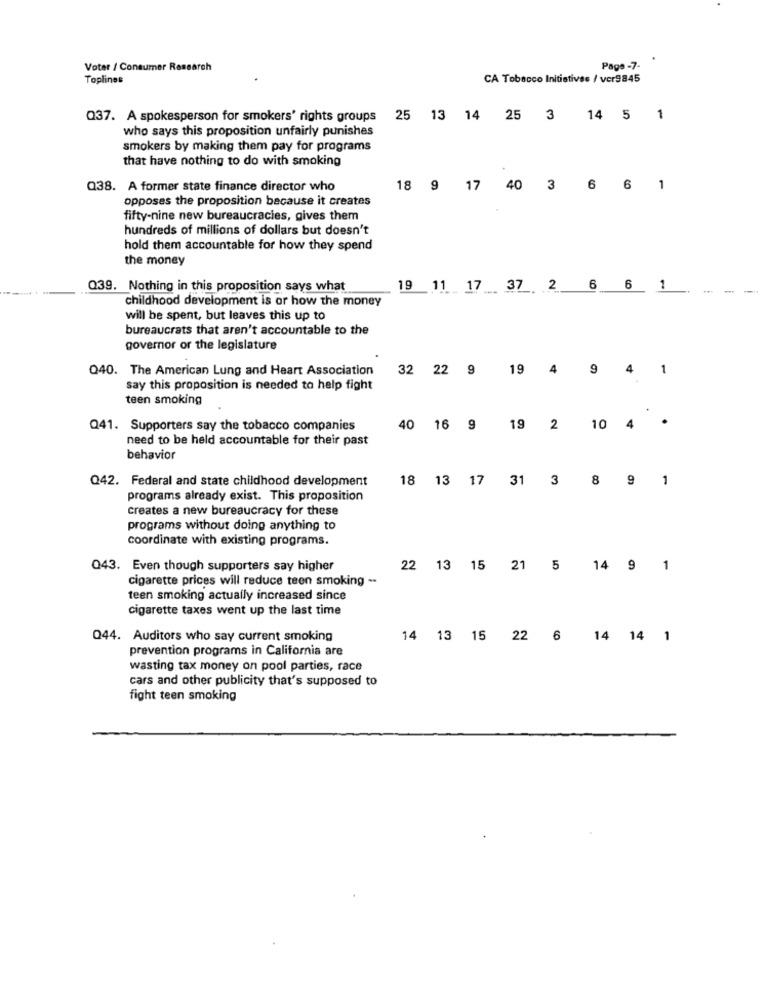
Voter / Consumer Research
Page -7-
Toplines
CA Tobacco Initiatives / ver9845
Q37. A spokesperson for smokers' rights groups 25 13 14 25 3
14 5 1
who says this proposition unfairly punishes
smokers by making them pay for programs
that have nothing to do with smoking
Q38. A former state finance director who
18 9 17 40
3 6 6 1
opposes the proposition because it creates
fifty-nine new bureaucracies, gives them
hundreds of millions of dollars but doesn't
hold them accountable for how they spend
the money
Q39. Nothing in this proposition says what
19 11 17 37
2 6 6 1
-
childhood development is or how the money
will be spent, but leaves this up to
bureaucrats that aren't accountable to the
governor or the legislature
Q40. The American Lung and Heart Association
32 22 9
19
4
9
4
1
say this proposition is needed to help fight
teen smoking
.
Q41. Supporters say the tobacco companies
40 16 9
19
2 10 4
need to be held accountable for their past
behavior
Q42. Federal and state childhood development
18 13
17
31
3
8 9 1
programs already exist. This proposition
creates a new bureaucracy for these
programs without doing anything to
coordinate with existing programs.
Q43. Even though supporters say higher
22 1
15
21
5
14 9 1
cigarette prices will reduce teen smoking --
teen smoking actually increased since
cigarette taxes went up the last time
Q44. Auditors who say current smoking
14 13 15 22 6 14 14 1
prevention programs in California are
wasting tax money on pool parties, race
cars and other publicity that's supposed to
fight teen smoking